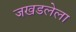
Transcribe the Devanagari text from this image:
जखडलेला